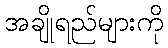
အချိုရည်များကို